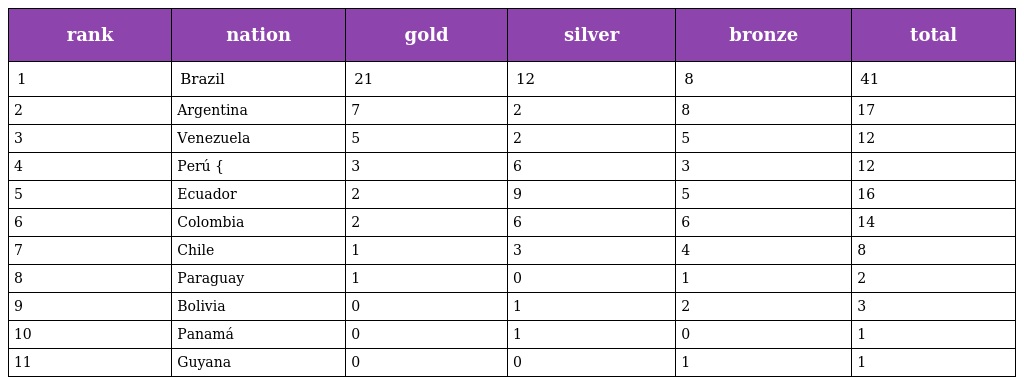
| rank | nation | gold | silver | bronze | total |
 | --- | --- | --- | --- | --- | --- |
 | 1 | Brazil | 21 | 12 | 8 | 41 |
 | 2 | Argentina | 7 | 2 | 8 | 17 |
 | 3 | Venezuela | 5 | 2 | 5 | 12 |
 | 4 | Perú { | 3 | 6 | 3 | 12 |
 | 5 | Ecuador | 2 | 9 | 5 | 16 |
 | 6 | Colombia | 2 | 6 | 6 | 14 |
 | 7 | Chile | 1 | 3 | 4 | 8 |
 | 8 | Paraguay | 1 | 0 | 1 | 2 |
 | 9 | Bolivia | 0 | 1 | 2 | 3 |
 | 10 | Panamá | 0 | 1 | 0 | 1 |
 | 11 | Guyana | 0 | 0 | 1 | 1 |